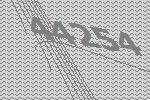
44254